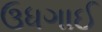
ઉધગાઈ